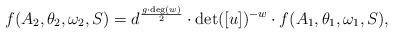
LaTeX: \begin{align*}f(A_2,\theta_2,\omega_2,S)= d^{\frac{g\cdot \deg(w)}{2}} \cdot \det([u])^{-w}\cdot f(A_1, \theta_1, \omega_1,S),\end{align*}